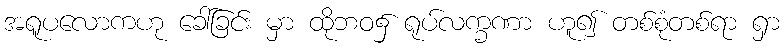
အရူပလောကဟု ခေါ်ခြင်း မှာ ထိုဘဝ၌ ရုပ်လက္ခဏာ ဟူ၍ တစ်စုံတစ်ရာ ရှာ